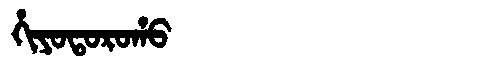
Manchu: ᡥᡳᠶᠣᡨᠣᡵᠣᡥᠣ
Romanization: HIYOTOROHO